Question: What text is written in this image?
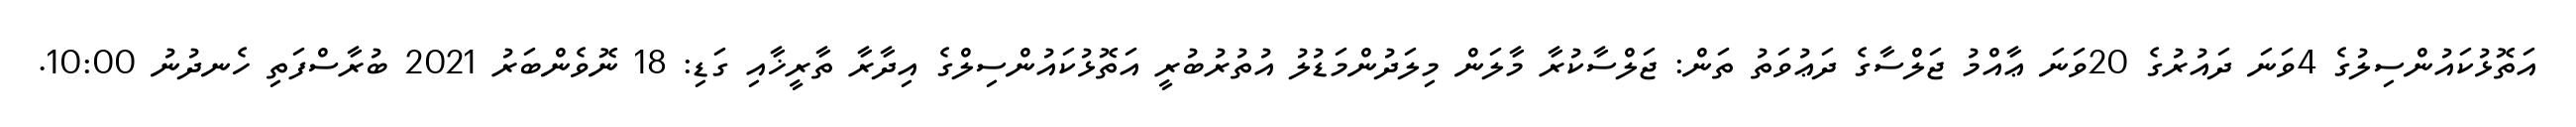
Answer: އަތޮޅުކައުންސިލުގެ 4ވަނަ ދައުރުގެ 20ވަނަ ޢާއްމު ޖަލްސާގެ ދަޢުވަތު ތަން: ޖަލްސާކުރާ މާލަން މިލަދުންމަޑުލު އުތުރުބުރީ އަތޮޅުކައުންސިލްގެ އިދާރާ ތާރީޚާއި ގަޑި: 18 ނޮވެންބަރު 2021 ބުރާސްފަތި ހެނދުނު 10:00.